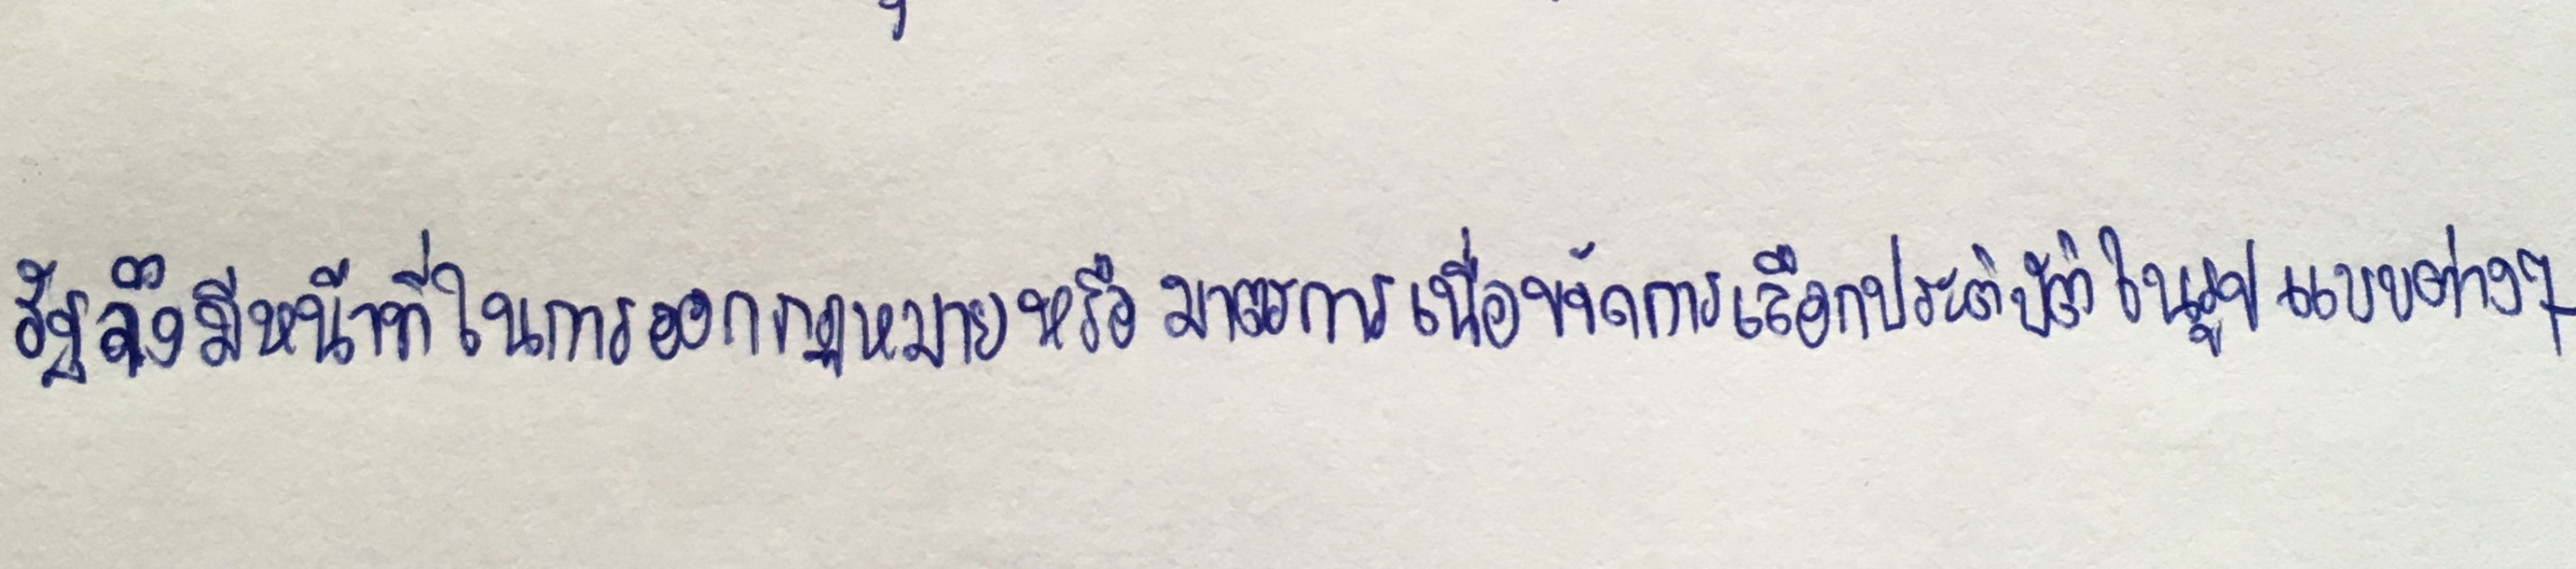
รัฐจึงมีหน้าที่ในการออกกฎหมายหรือมาตรการเพื่อขจัดการเลือกประติบัติในรูปแบบต่างๆ